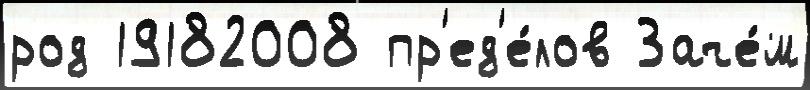
род 19182008 пр'ед'е́лов Заче́м